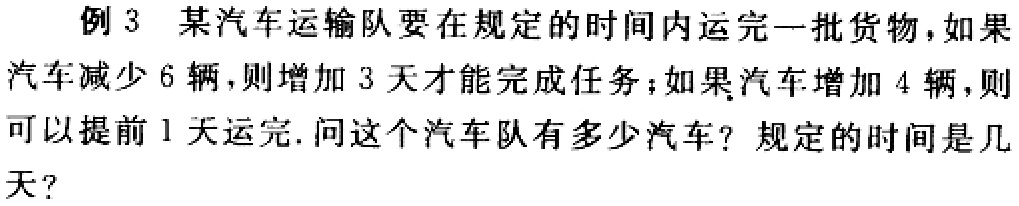
例 3 某汽车运输队要在规定的时间内运完一批货物，如果汽车减少 6 辆，则增加 3 天才能完成任务；如果汽车增加 4 辆，则可以提前 1 天运完. 问这个汽车队有多少汽车？规定的时间是几天？